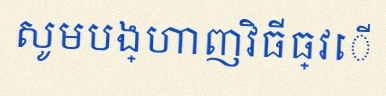
សូមបង្ហាញវិធីធ្វើ